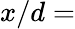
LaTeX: x/d=